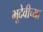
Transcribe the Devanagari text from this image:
भूदेवीच्या